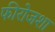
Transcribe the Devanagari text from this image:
फीरोजशा